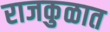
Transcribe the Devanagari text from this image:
राजकुळात